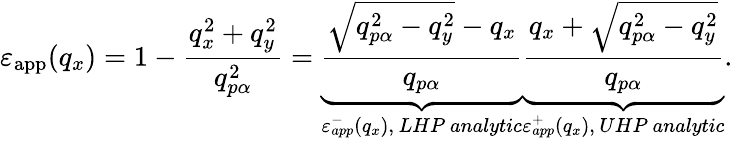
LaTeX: {{\varepsilon}_{\mathrm{app}}}({{q}_{x}})=1-\frac{q_{x}^{2}+q_{y}^{2}}{q_{p\alpha}^{2}}=\underbrace{\frac{\sqrt{q_{p\alpha}^{2}-q_{y}^{2}}-{{q}_{x}}}{{{q}_{p\alpha}}}}_{\varepsilon_{app}^{-}\left({{q}_{x}}\right),\, LHP\ analytic}\underbrace{\frac{{{q}_{x}}+\sqrt{q_{p\alpha}^{2}-q_{y}^{2}}}{{{q}_{p\alpha}}}}_{\varepsilon_{app}^{+}\left({{q}_{x}}\right),\, UHP\ analytic}.